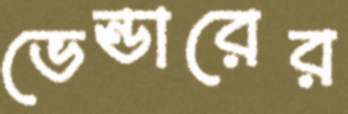
ভেন্ডারের